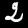
Digit: 2